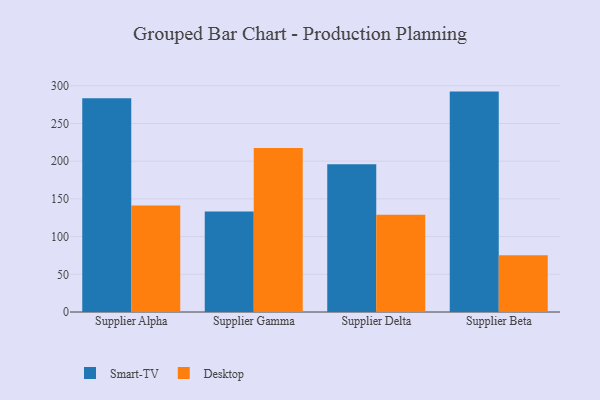
{"axis": {"x": "Supplier", "y": "Active Users"}, "legend": ["Desktop", "Smart-TV"], "data": [{"x": "Supplier Alpha", "y": 283.6, "type": "Smart-TV"}, {"x": "Supplier Alpha", "y": 141.3, "type": "Desktop"}, {"x": "Supplier Gamma", "y": 133.4, "type": "Smart-TV"}, {"x": "Supplier Gamma", "y": 217.6, "type": "Desktop"}, {"x": "Supplier Delta", "y": 196.0, "type": "Smart-TV"}, {"x": "Supplier Delta", "y": 129.0, "type": "Desktop"}, {"x": "Supplier Beta", "y": 292.3, "type": "Smart-TV"}, {"x": "Supplier Beta", "y": 75.3, "type": "Desktop"}]}